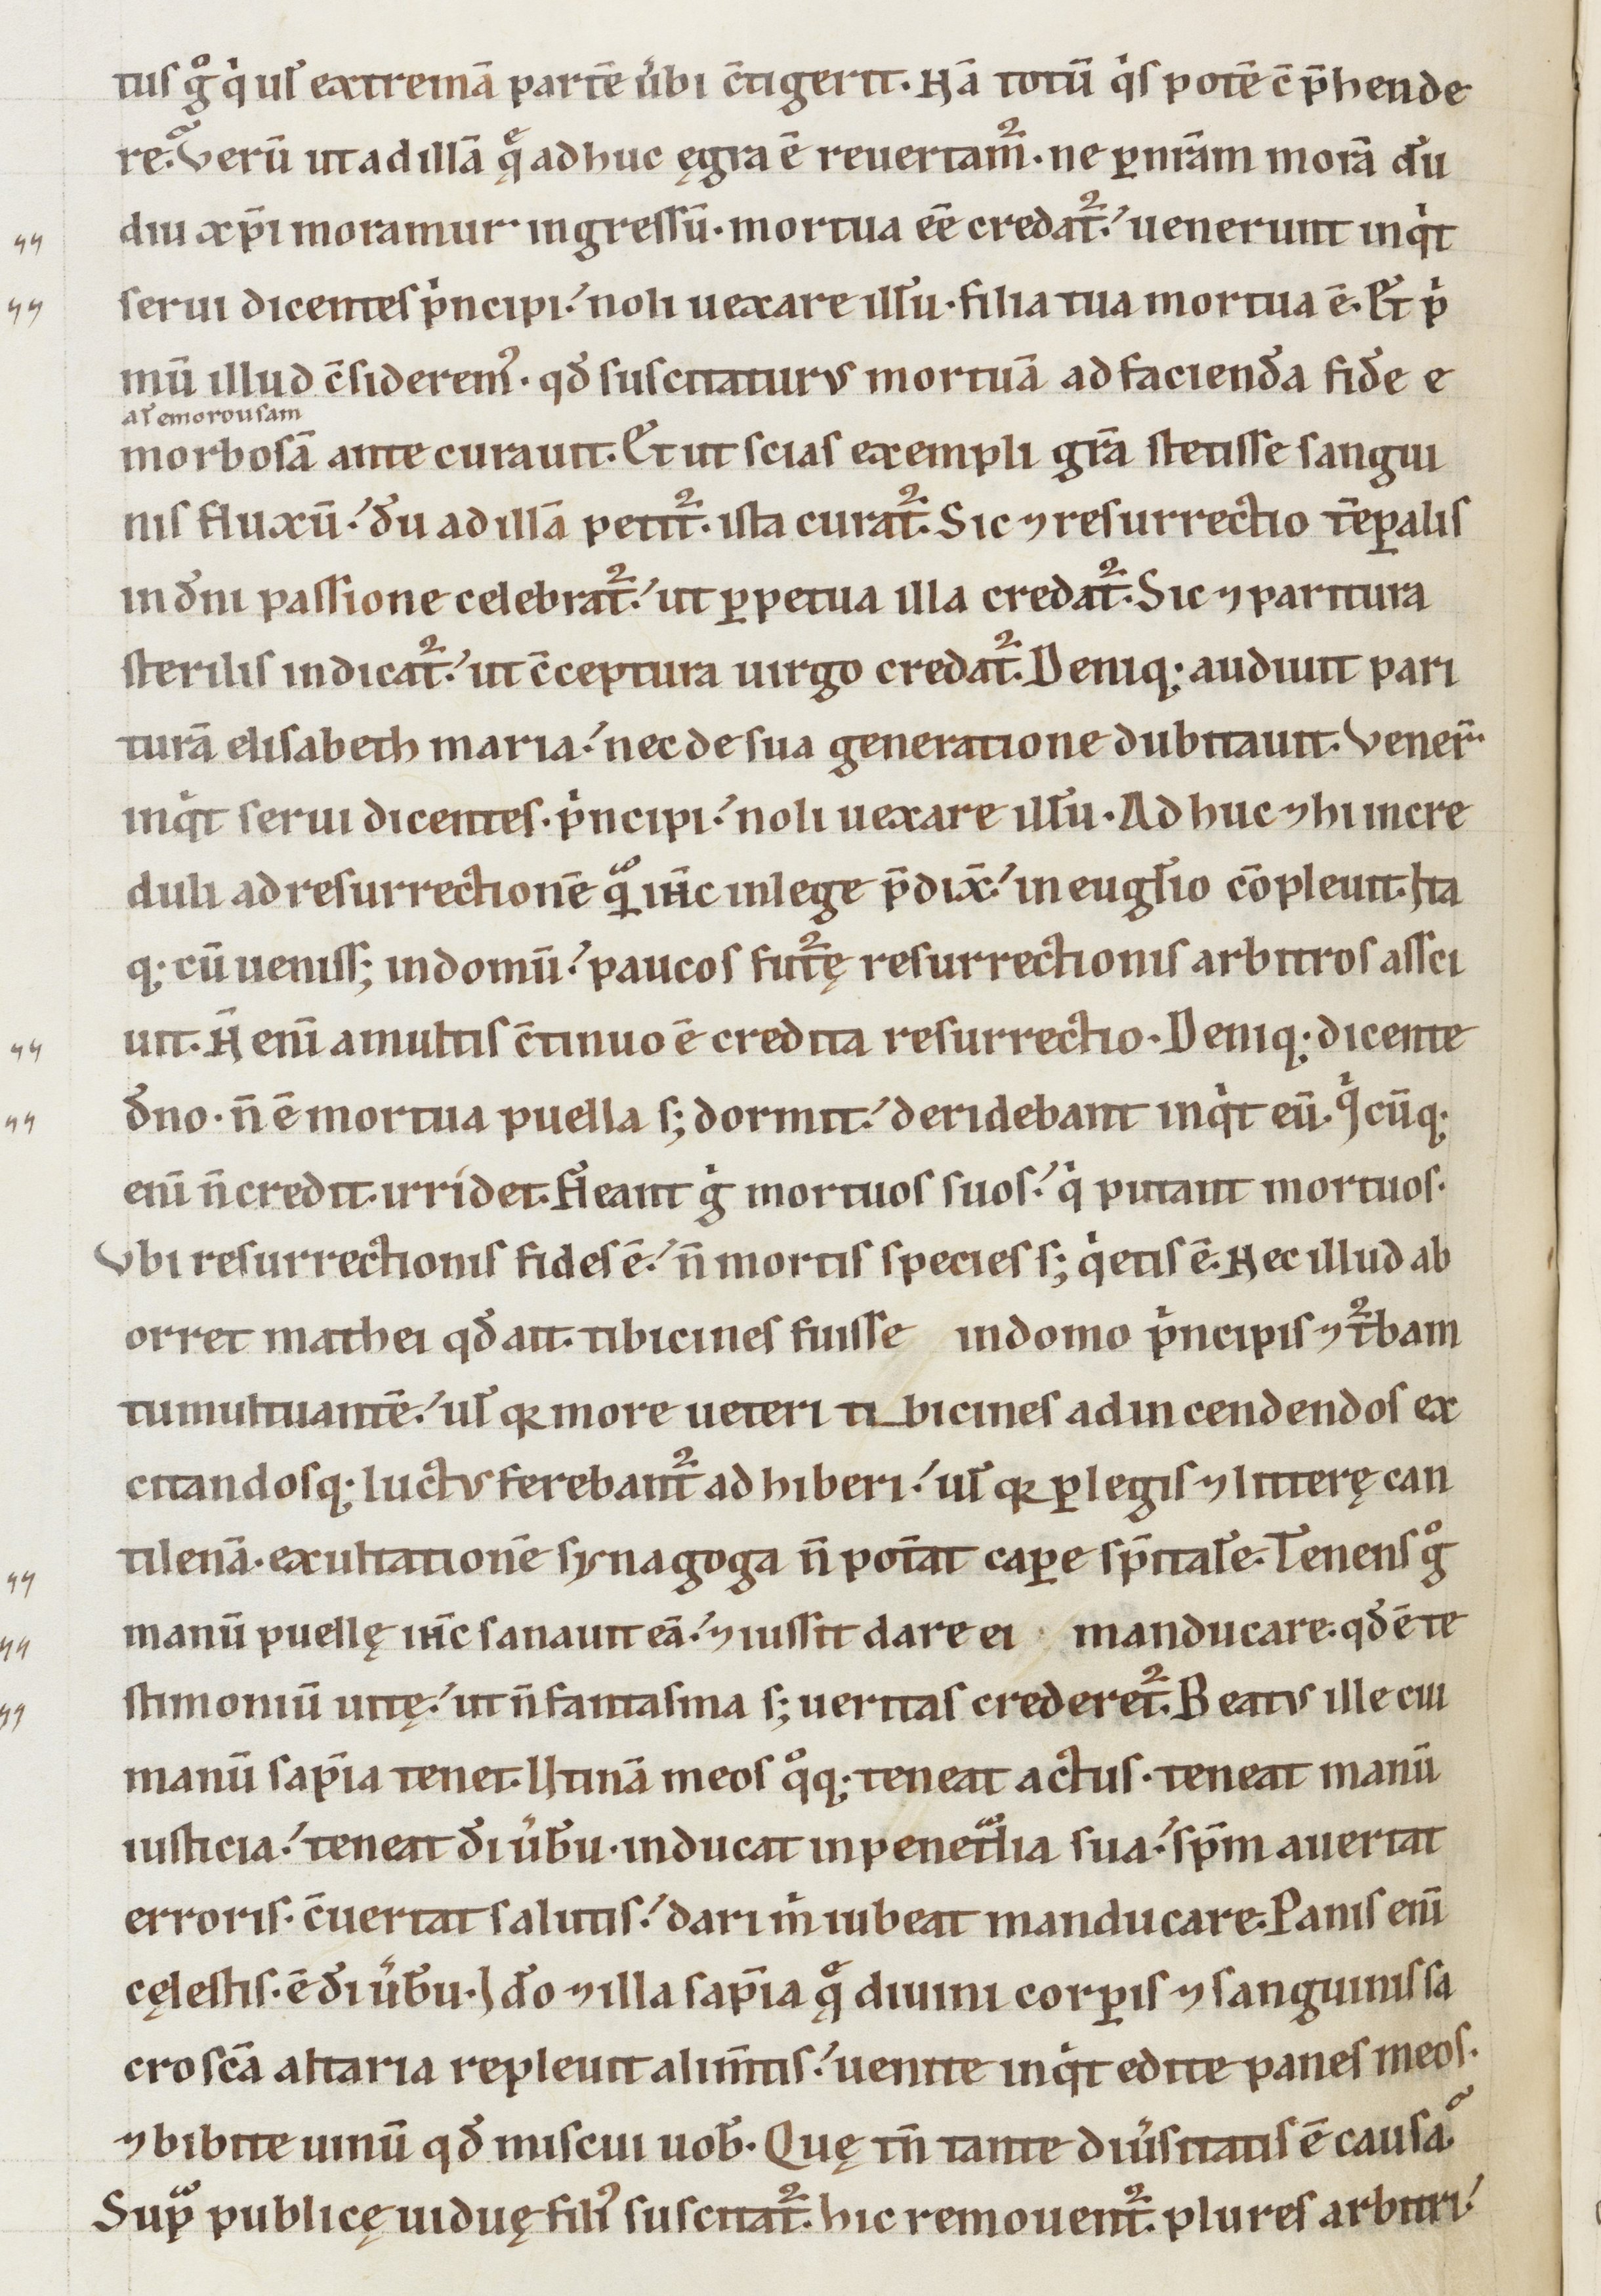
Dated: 1100–1199